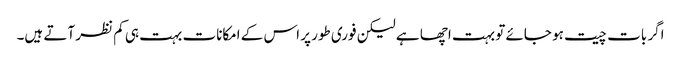
اگر بات چیت ہو جائے تو بہت اچھا ہے لیکن فوری طور پر اس کے امکانات بہت ہی کم نظر آتے ہیں۔